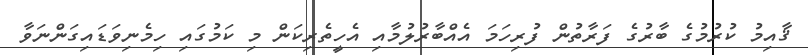
ޤާއިމު ކުރުމުގެ ބާރުގެ ފަރާތުން ފުރިހަމަ އެއްބާރުލުމާއި އެހީތެރިކަން މި ކަމުގައި ހިމެނިވަޑައިގަންނަވާ